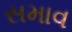
સમાવ